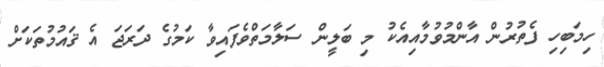
ހިމަބިހި ފެތުރުން އާންމުވުމާއިއެކު މި ބަލީން ސަލާމަތްވެފައިވާ ކަމުގެ ދަރަޖަ އެ ޤައުމުތަކަށް